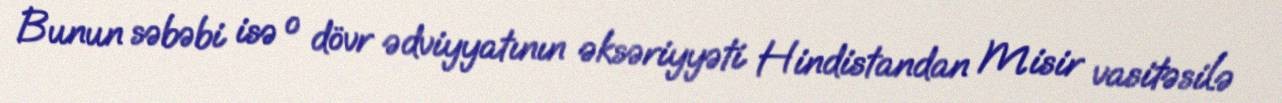
Bunun səbəbi isə o dövr ədviyyatının əksəriyyəti Hindistandan Misir vasitəsilə